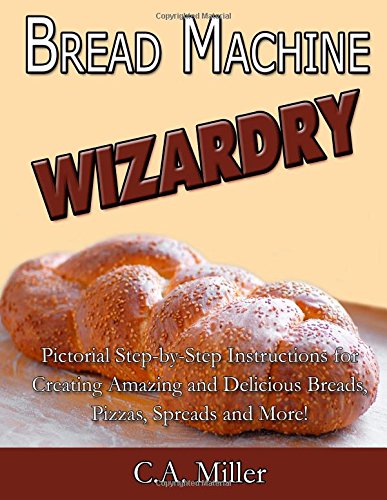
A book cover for Bread Machine Wizardry: Pictorial Step-by-Step Instructions for Creating Amazing and Delicious Breads, Pizzas, Spreads and More! (Kitchen Gadget Wizardry) (Volume 2); C.A. Miller; Cookbooks, Food & Wine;